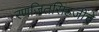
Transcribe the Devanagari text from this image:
रणजितसिंहजींचे